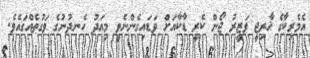
އެމެރިކާގެ ޚާރިޖީ ވަޒީރު ޖޯން ކެރީ ޑާކާއަށް ވަޑައިގެންނެވީ މިއަދު ހެނދުނުގެ ވަގުތެއްގައެވެ.